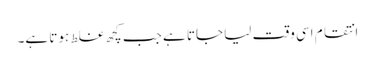
انتقام اسی وقت لیا جاتا ہے جب کچھ غلط ہوتا ہے۔